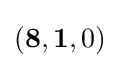
(\mathbf {8} ,\mathbf {1} ,0)